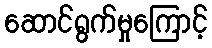
ဆောင်ရွက်မှုကြောင့်